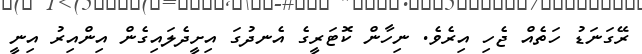
ރޭގަނަޑު ހަތެއް ޖެހި އިރެވެ. ނިހާން ކޮޓަރީގެ އެނދުގަ އިށީދެލައިގެން އިންއިރު އިނީ